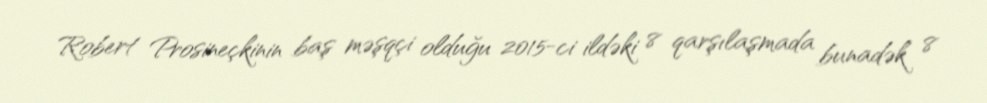
Robert Prosineçkinin baş məşqçi olduğu 2015-ci ildəki 8 qarşılaşmada bunadək 8